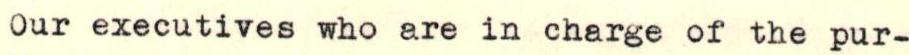
Our executives who are in charge of the pur-